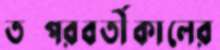
তত্পরবর্তীকালের